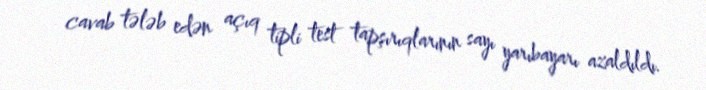
cavab tələb edən açıq tipli test tapşırıqlarının sayı yarıbayarı azaldıldı.